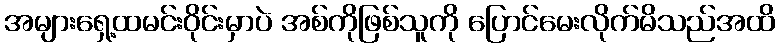
အများရှေ့ထမင်းဝိုင်းမှာပဲ အစ်ကိုဖြစ်သူကို ပြောင်မေးလိုက်မိသည်အထိ